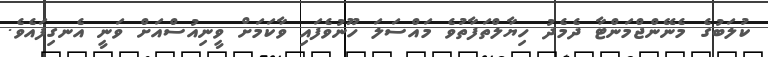
ކުލަބުގެ މެނޭންޖްމަންޓާ ދެމެދު ހިޔާލްތަފާތުވެ މައްސަލަ ހޫނުވެފައި ވާކަމަށް ވީނިއުސްއަށް ވަނީ އެނގިފައެވެ.